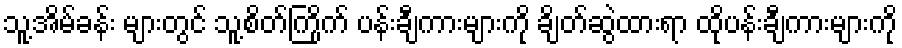
သူ့အိမ်ခန်း များတွင် သူ့စိတ်ကြိုက် ပန်းချီကားများကို ချိတ်ဆွဲထားရာ ထိုပန်းချီကားများကို